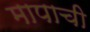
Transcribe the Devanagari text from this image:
मापाची